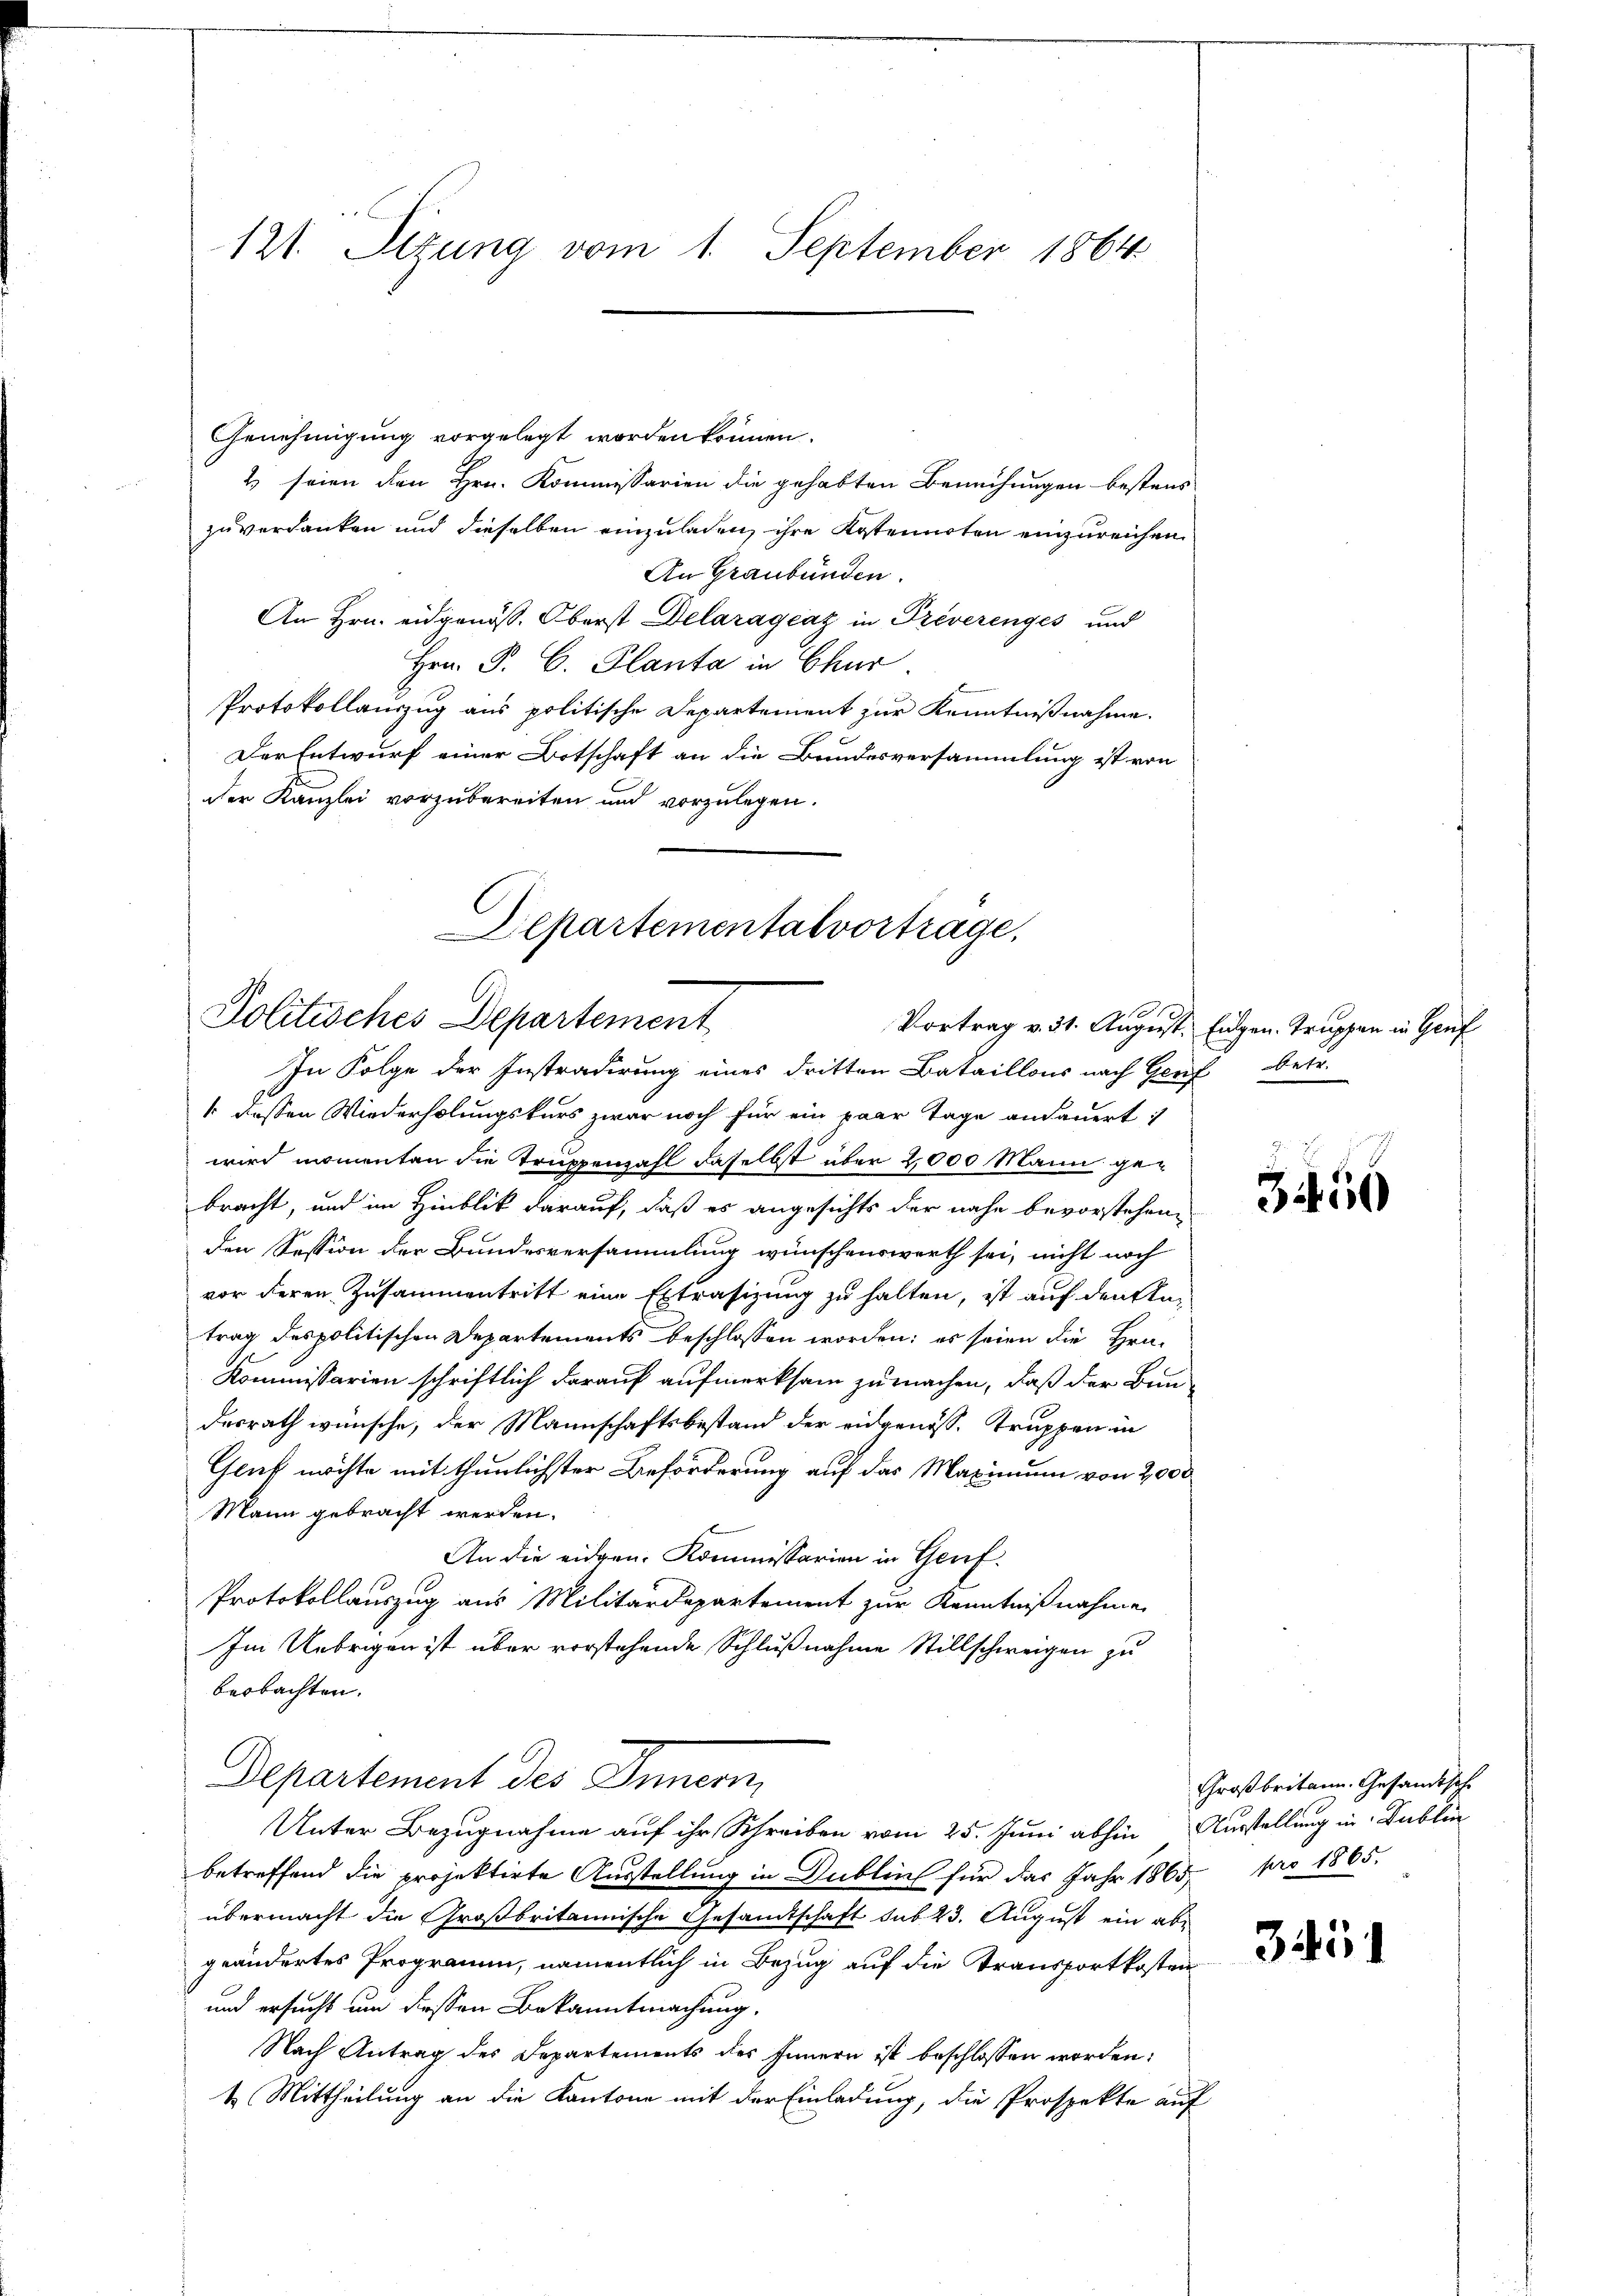
121. Sitzung vom 1. September 1864.

Genehmigung vorgelegt worden können.
2 seien den Hrn. Kommissarien die gehabten Berechungen bestens
zuverdanken und dieselben einzuladen, ihre Kostennoten einzureichen
An Graubünden.
An Hrn. eidgenöss. Oberst Delaragraz in Preverenges und
Hrn. P. C. Planta in Chur
Protokollauszug aus politische Departement zur Kenntnißnahme.
Der Entwurf einer Botschaft an die Bundesversammlung ist von
der Kanzlei vorzubereiten und vorzulegen.

Departementalvortrage,
Politisches Departement
In Folge der Instradirung eines dritten Bataillons nach Genf betr.

1 dessen Wiederholungskurs zwar noch für ein paar Tage andauert:
wird momenten die Truppenzahl daselbst über 2000 Mann gebracht, und im Hinblik darauf, daß es angesichts der nahe bevorstehenden Session der Bundesversammlung wünschenswerth sei, nicht noch
vor deren Zusammentritt eine Extrasizung zu halten, ist auf den Antrag des politischen Departements beschlossen worden; es seien die Hrn.
Kommissarien schriftlich darauf aufmerksam zu machen, daß der Bun-
desrath wünsche, der Mannschaftsbestand der eidgenöss. Truppen in
Gruf möchte mit thunlichster Beförderung auf das Maximum von 2000
Mann gebracht werden.
An die eidgen. Kommissarien in Genf.
Protokollauszug aus Militärdepartement zur Kenntnißnahme
Im Uebrigen ist über vorstehende Schlußnahme Stillschweigen zu
beobachten.
Departement des Innern
Unter Bezugnahme auf ihr Schreiben vom 25. Juni abhin Ausstellung in Publi
betreffend die projektirte Ausstellung in Dublich für das Jahr 1865 pro 1865.
übermacht die Großbritannische Gesamtschaft sub 23. August ein abgeändertes Programm, namentlich in Bezug auf die Transfortkosten
und ersucht um dessen Bekanntmachung.
Nach Antrag des Departements des Innern ist beschlossen worden:
1 Mittheilung an die Kantone mit der Einladung, die Prospekte auf

Vortrag v. 31. August. Eidgen. Truppen in Genf

3456

Großbritann. Gesandtsch

341